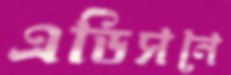
এডিসনে